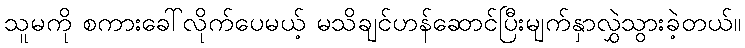
သူမကို စကားခေါ်လိုက်ပေမယ့် မသိချင်ဟန်ဆောင်ပြီးမျက်နှာလွှဲသွားခဲ့တယ်။